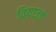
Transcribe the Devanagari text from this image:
वियाज्जे